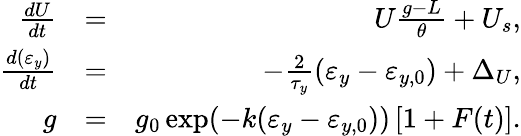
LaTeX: \begin{array}{rlr}{\frac{dU}{dt}}&{=}&{U\frac{g-L}{\theta}+U_{s},}\\ {\frac{d(\varepsilon_{y})}{dt}}&{=}&{-\frac{2}{\tau_{y}}(\varepsilon_{y}-\varepsilon_{y,0})+\Delta_{U},}\\ {g}&{=}&{g_{0}\exp(-k(\varepsilon_{y}-\varepsilon_{y,0}))\left[1+F(t)\right].}\end{array}